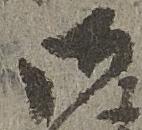
御